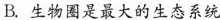
B.生物圈是最大的生态系统